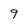
Character: 9